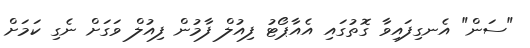
"ސަން" އެނގިފައިވާ ގޮތުގައި އެއާޕޯޓު ފިއުލް ފާމުން ފިއުލް ވަގަށް ނެގި ކަމަށް